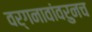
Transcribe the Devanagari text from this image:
वर्गनावांवरुनच